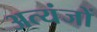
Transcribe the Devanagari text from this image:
अत्यंजों